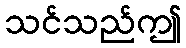
သင်သည်ဤ